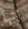
انها